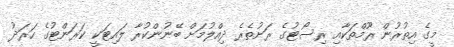
މީގެ އިތުރުން ރޫމްތަކާއި ރިސޯޓުގެ ރަށުތެރެ ދިއްލުމަށް ބޭނުންކުރާ ލައިޓަކީ ކަރަންޓުގެ ހަރަދު